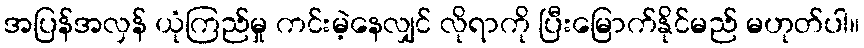
အပြန်အလှန် ယုံကြည်မှု ကင်းမဲ့နေလျှင် လိုရာကို ပြီးမြောက်နိုင်မည် မဟုတ်ပါ။